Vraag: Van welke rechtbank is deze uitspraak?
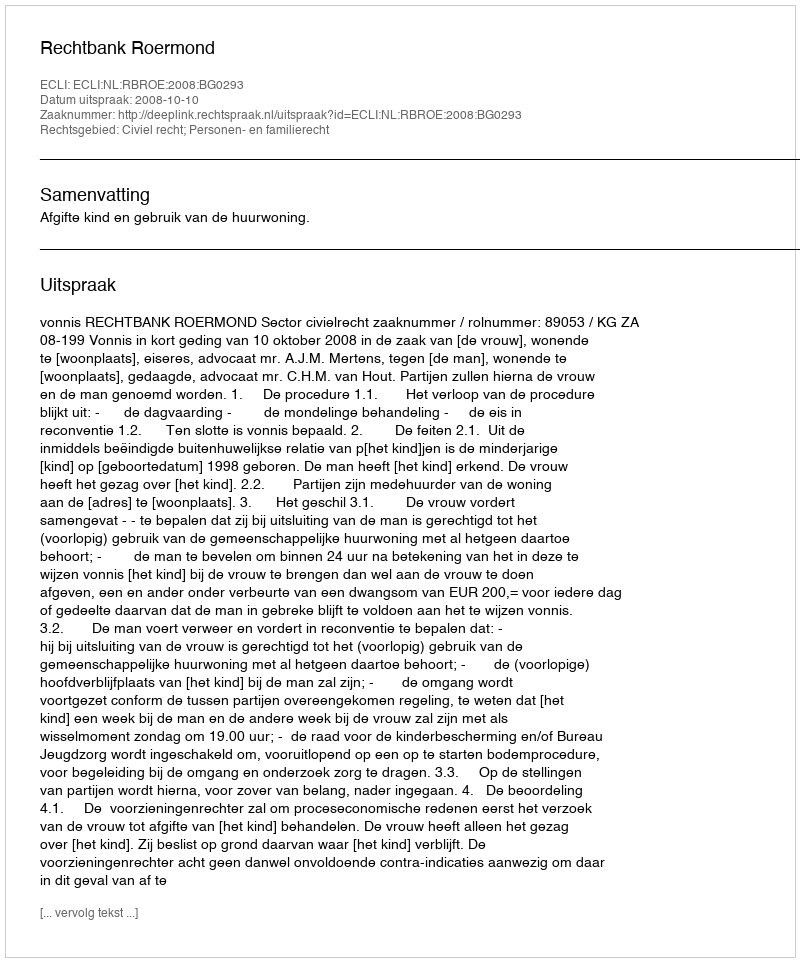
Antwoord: Rechtbank Roermond